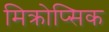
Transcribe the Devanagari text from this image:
मिक्रोप्सिक